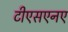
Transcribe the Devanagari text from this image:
टीएसएनए